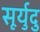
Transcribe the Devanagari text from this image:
सूर्युदु